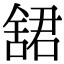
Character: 𬜋